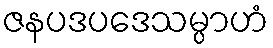
ဇနပဒပဒေသမ္ပာဟံ